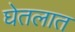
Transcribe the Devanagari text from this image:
घेतलात